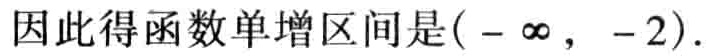
因此得函数单增区间是\((-\infty,-2)\).